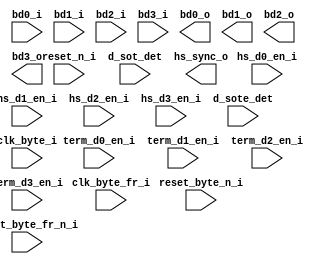
//===========================================================================
// Verilog file generated by Clarity Designer    02/21/2024    13:11:33  
// IP package: CSI-2/DSI D-PHY Receiver 1.6                           
// Copyright(c) 2016 Lattice Semiconductor Corporation. All rights reserved. 
//===========================================================================

module rx_dphy_dphy_rx_wrap (
    input wire                reset_n_i,
    input wire                reset_byte_n_i,
    input wire                reset_byte_fr_n_i,
    input wire                clk_byte_fr_i,
    input wire                term_d0_en_i,
    input wire                term_d1_en_i,
    input wire                term_d2_en_i,
    input wire                term_d3_en_i,
    input wire                hs_d0_en_i,
    input wire                hs_d1_en_i,
    input wire                hs_d2_en_i,
    input wire                hs_d3_en_i,
    
    input wire [3:0]          d_sot_det, 
    input wire [3:0]          d_sote_det,
    

    input  wire               clk_byte_i, 
    input  wire [8-1:0] bd0_i,      
    input  wire [8-1:0] bd1_i,      
    input  wire [8-1:0] bd2_i,      
    input  wire [8-1:0] bd3_i,      
    output wire [8-1:0] bd0_o,      
    output wire [8-1:0] bd1_o,      
    output wire [8-1:0] bd2_o,      
    output wire [8-1:0] bd3_o,      
    output wire               hs_sync_o
);

endmodule